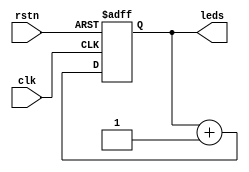
module m1(clk, rstn, leds);
  parameter width=8;

  input clk;
  input rstn;
  output reg [width-1:0] leds;

  always @(posedge clk, negedge rstn) begin
    if (~rstn)
      leds <= {width{1'b0}};
    else
      leds <= leds + {{width-1{1'b0}}, 1'b1};
  end
endmodule